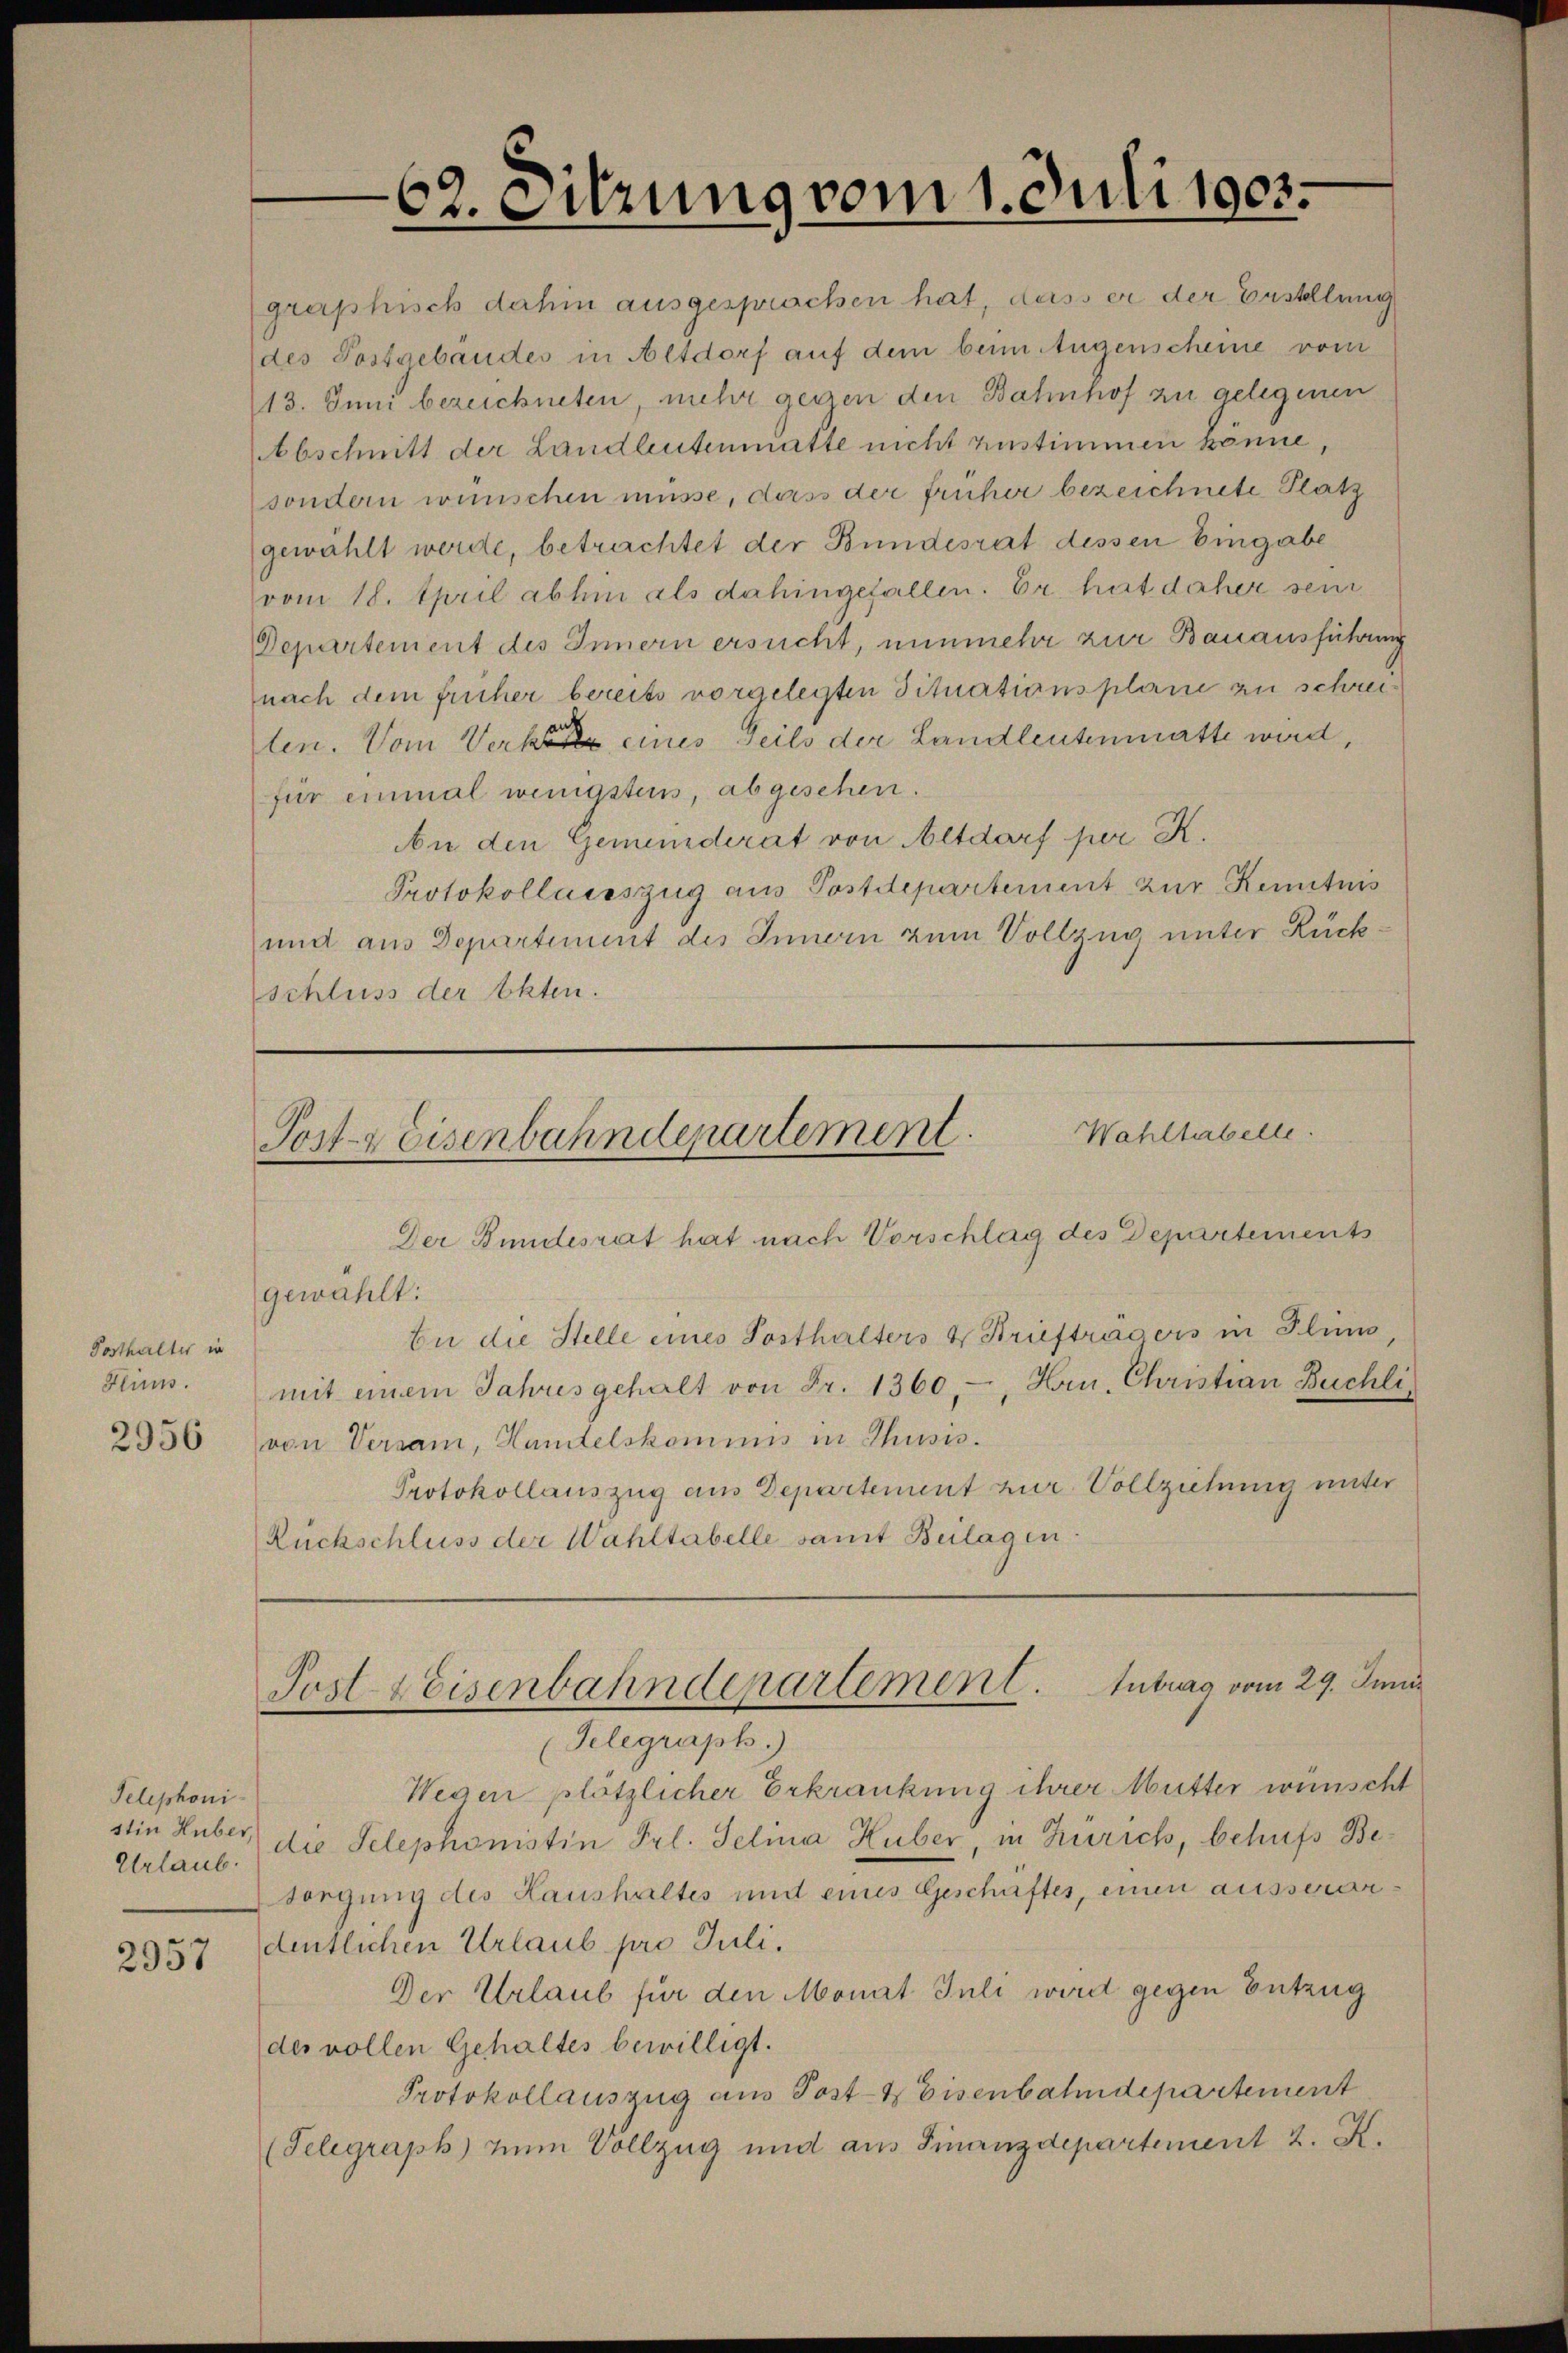
Posthalter in
Flimss.
2956

Telephoni
stin Huber,
Urlaub.
2957

62. Sitzung vom 1. Juli 1905.

grerphisch dahin ausgesprachen hat, dass er der Erstellung
des Postgebäudes in Altdorf auf dem beim Augenscheine vom
13. Juni bezeichneten mehr gegen den Bahnhof zu gelegenen
Abschnitt der Landleutenmatte nicht zustimmen könne,
sondern wünschen müsse, dass der früher bezeichnete Platz
gewählt werde, betrachtet der Bundesrat dessen Eingabe
vom 18. April abhin als dahingefallen. Er hat daher sein
Departement des Innern ersucht, nunmehr zur Bauausführung
nach dem früher bereits vorgelegten Situationsplane zu schreiten. Vom Verke eines Teils der Landleutenmatte wird,
für einmal wenigstens, abgesehen.
An den Gemeinderat von Altdorf per K.
Protokollausszug aus Postdepartement zur Kenntnis
und aus Departiment des Innern zum Vollzug unter Rückschluss der Akten.

Wahltabelle.
Post-Weisenbahndepartement.

Der Bundesrat hat nach Vorschlag des Departements
gewählt:
be die Stelle eines Posthalters & Brieftrasers in Plin,
mit einem Jahres gehalt von Fr. 1360.-, Horn Christian Buchli
von Versam, Handelskommis in Thusis.
Protokollauszug aus Departement zur Vollziehung unter
Rückschluss der Wahltabelle samt Bulagen.

Post & Eisenbahndepartement. Antrag vom 29. Juni

(Telegraph.)
Wegen plötzlicher Erkrankung ihrer Mutter wünscht
die Telephonistin Frl. Selina Huber, in Zürich, behufs Besorgung des Haushaltes und eines Geschäftes, einen ausserardentlichen Urlaub pro Juli.
Der Urlaub für den Monat Juli wird gegen Entzug
des vollen Gehaltes bewilligt.
Protokollauszug aus Post- & Eisenbahndepartement
(Telegraph) zum Vollzug und aus Finanzdepartement 2. K.